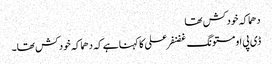
دھماکہ خودکش تھا
ڈی پی او مستونگ غضنفر علی کا کہنا ہے کہ دھماکہ خودکش تھا۔